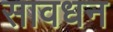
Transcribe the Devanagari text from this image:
सावधन